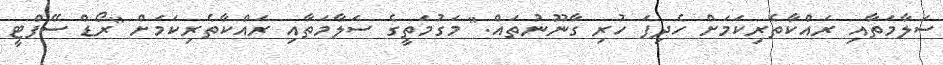
ސަލާމަތާއި ރައްކާތެރިކަމަށް ހެދިފަ ހުރި ގާނޫނުތައް." މަގުމަތީގެ ސަލާމަތާއި ރައްކާތެރިކަމަށް "ރޯޑް ސޭފްޓީ